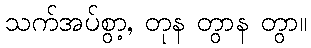
သက်အပ်စွာ့, တုန တွာန တွာ။